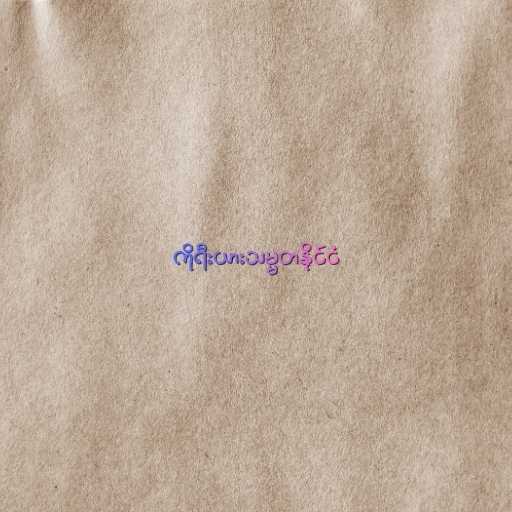
ကိုရီးယားသမ္မတနိုင်ငံ